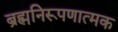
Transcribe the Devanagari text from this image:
ब्रह्मनिरूपणात्मक